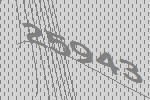
25943